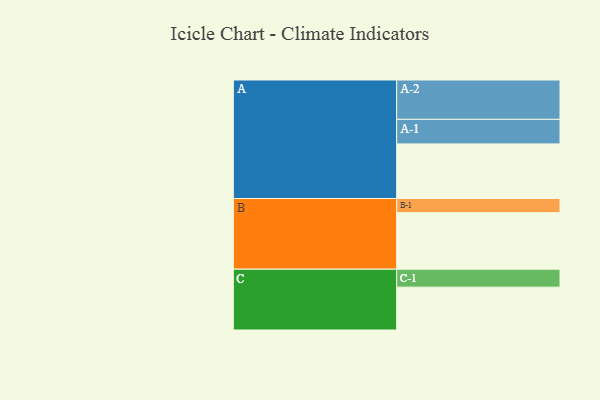
{"axis": {"x": "Segment", "y": "Value"}, "legend": ["", "A", "B", "C"], "data": [{"x": "A", "y": 404, "type": ""}, {"x": "B", "y": 418, "type": ""}, {"x": "C", "y": 317, "type": ""}, {"x": "A-1", "y": 182, "type": "A"}, {"x": "A-2", "y": 291, "type": "A"}, {"x": "B-1", "y": 105, "type": "B"}, {"x": "C-1", "y": 133, "type": "C"}]}